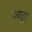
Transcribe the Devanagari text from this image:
आद्र्रा